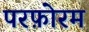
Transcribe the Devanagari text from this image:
परफ़ोरम